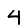
Digit: 4